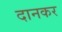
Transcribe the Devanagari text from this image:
दानकर